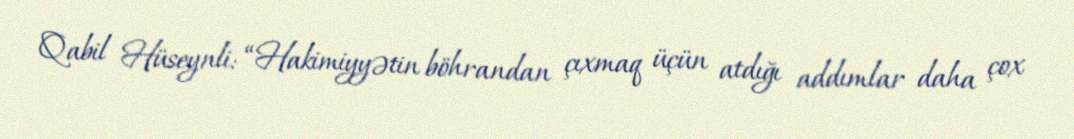
Qabil Hüseynli: “Hakimiyyətin böhrandan çıxmaq üçün atdığı addımlar daha çox